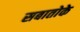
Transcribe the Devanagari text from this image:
सबातोके